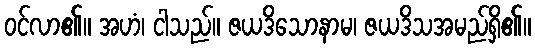
ဝင်လာ၏။ အဟံ၊ ငါသည်။ ဇယဒိသောနာမ၊ ဇယဒိသအမည်ရှိ၏။